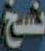
نسخ